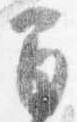
間